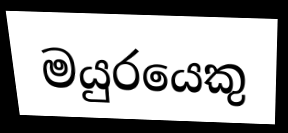
මයුරයෙකු